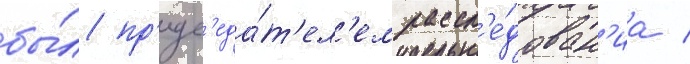
бы́л пр'едс'еда́т'ел'ем рассл'е́дован'иа /